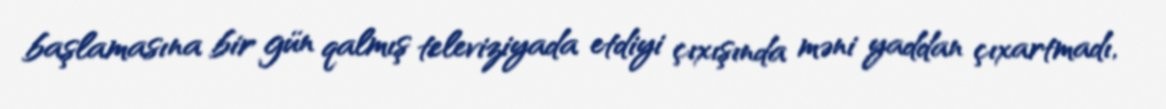
başlamasına bir gün qalmış televiziyada etdiyi çıxışında məni yaddan çıxartmadı,